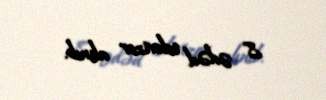
8 ədəd televizor alınıb.